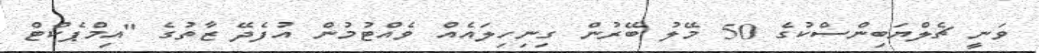
ވަނީ ޗެލްޔަބިންސްކުގެ 50 މޭލު ބޭރުން ގިނިހިލައެއް ވެއްޓުމުން އުފެދޭ ޒާތުގެ "އިމްޕެކްޓް